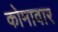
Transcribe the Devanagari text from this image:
कोमावार